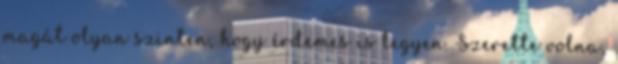
magát olyan szinten, hogy érdemes is legyen. Szerette volna,